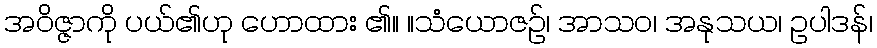
အဝိဇ္ဇာကို ပယ်၏ဟု ဟောထား ၏။ ။သံယောဇဉ်၊ အာသဝ၊ အနုသယ၊ ဥပါဒန်၊